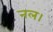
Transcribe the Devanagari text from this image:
नल।